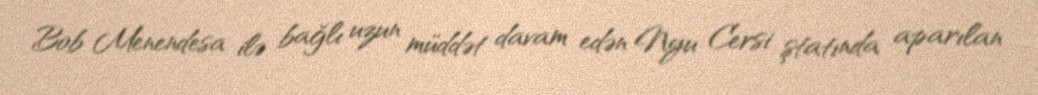
Bob Menendesa ilə bağlı uzun müddət davam edən Nyu Cersi ştatında aparılan